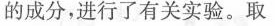
的成分，进行了有关实验。取